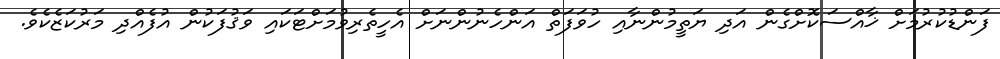
ފަންޑުކުރުމަށް ޚާއްސަކޮށްގެން އަދި ޔަތީމުންނާއި ހުވަފަތް އަންހެނުންނަށް އެހީތެރިވުމަށްޓަކައި ވަޤުފަކުން އުފެއްދި މަރުކަޒެކެވެ.